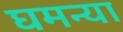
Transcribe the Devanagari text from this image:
घमन्या